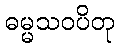
ဓမ္မသဝပိတု